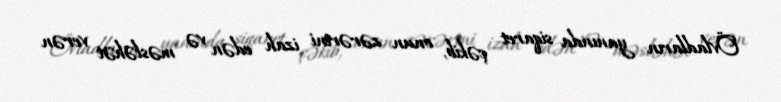
Övladların yanında siqaret çəkib, onun zərərini izah edən və məsləhət verən